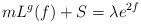
LaTeX: \begin{align*}mL^g(f) + S = \lambda e^{2f}\end{align*}